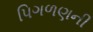
પિગળણની